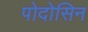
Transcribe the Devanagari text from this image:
पोदोसिन